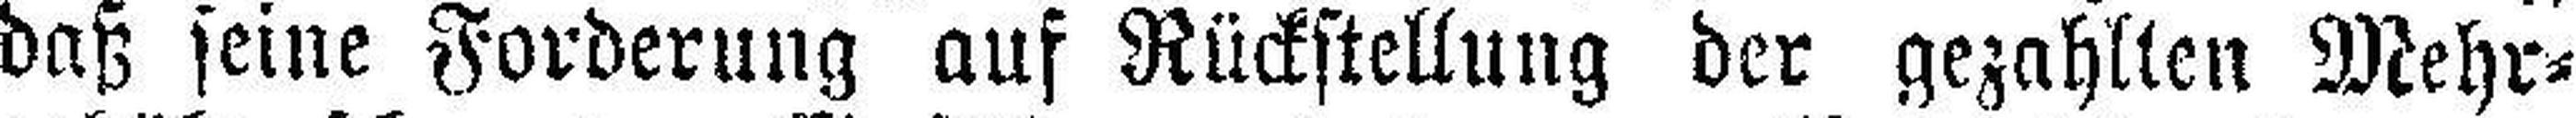
daß seine Forderung auf Rückstellung der gezahlten Mehr¬